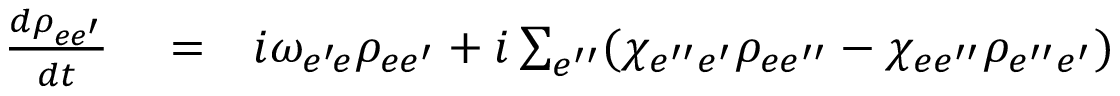
\begin{array} { r l r } { \frac { d \rho _ { e e ^ { \prime } } } { d t } } & { { } = } & { i \omega _ { e ^ { \prime } \! e } \rho _ { e e ^ { \prime } } + i \sum _ { e ^ { \prime \prime } } ( \chi _ { e ^ { \prime \prime } e ^ { \prime } } \rho _ { e e ^ { \prime \prime } } - \chi _ { e e ^ { \prime \prime } } \rho _ { e ^ { \prime \prime } e ^ { \prime } } ) } \end{array}